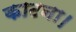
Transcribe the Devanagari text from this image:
काटना।